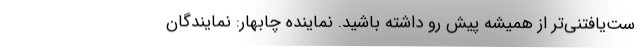
ست‌یافتنی‌تر از همیشه پیش رو داشته باشید. نماینده چابهار: نمایندگان